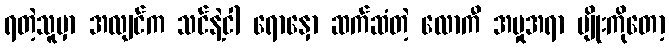
ရတဲ့သူမှာ အလျင်က သင်နဲ့ငါ ရောနှော ဆက်ဆံတဲ့ လောကီ အမှုအရာ မျိုးကိုတော့